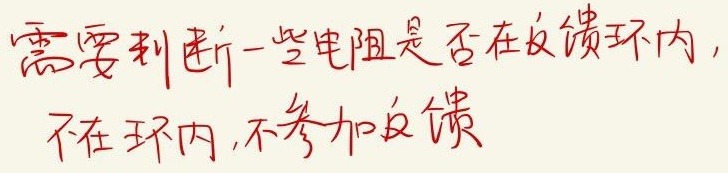
需要判断一些电阻是否在反馈环内，不在环内，不参加反馈